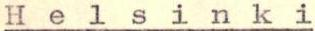
Helsinki